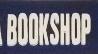
bookshop